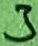
Text: 3